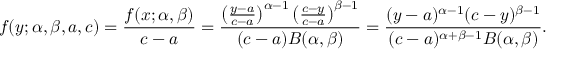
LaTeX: f ( y ; \alpha , \beta , a , c ) = { \frac { f ( x ; \alpha , \beta ) } { c - a } } = { \frac { \left( { \frac { y - a } { c - a } } \right) ^ { \alpha - 1 } \left( { \frac { c - y } { c - a } } \right) ^ { \beta - 1 } } { ( c - a ) B ( \alpha , \beta ) } } = { \frac { ( y - a ) ^ { \alpha - 1 } ( c - y ) ^ { \beta - 1 } } { ( c - a ) ^ { \alpha + \beta - 1 } B ( \alpha , \beta ) } } .